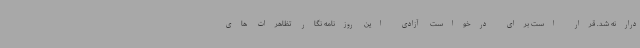
درارنه شد. قرار است برای درخواست آزادی این روزنامه نگار تظاهرات های